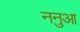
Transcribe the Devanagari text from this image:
ननुआ